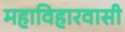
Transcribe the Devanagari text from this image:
महाविहारवासी